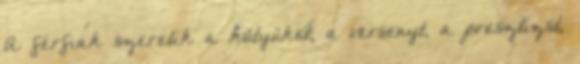
A férfiak szeretik a kütyüket, a versenyt, a presztízst,